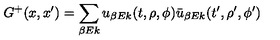
G ^ { + } ( x , x ^ { \prime } ) = \sum _ { \beta E k } u _ { \beta E k } ( t , \rho , \phi ) \bar { u } _ { \beta E k } ( t ^ { \prime } , \rho ^ { \prime } , \phi ^ { \prime } )